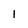
Character: 1